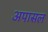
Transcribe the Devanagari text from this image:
अपासल